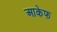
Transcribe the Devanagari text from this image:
आकेफ